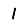
Digit: 1